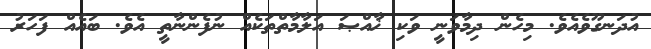
އުދަނގޫވެއެވެ. މިހެން ދިމާވަނީ ވަކި ޚާއްޞަ އަލާމާތްތަކެއް ނުފެންނާތީ އެވެ. ބައެއް ފަހަރު